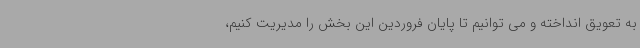
به تعویق انداخته و می توانیم تا پایان فروردین این بخش را مدیریت کنیم،